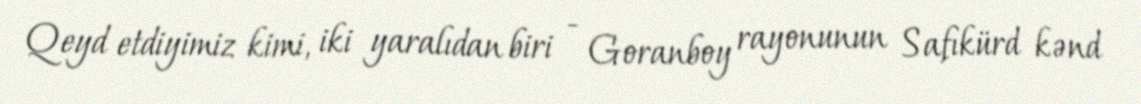
Qeyd etdiyimiz kimi, iki yaralıdan biri - Goranboy rayonunun Safıkürd kənd